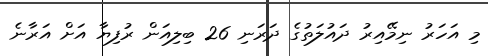
މި އަހަރު ނިމޭއިރު ދައުލަތުގެ ދަރަނި 26 ބިލިއަން ރުފިޔާ އަށް އަރާނެ